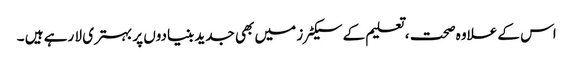
اس کے علاوہ صحت ، تعلیم کے سیکٹر ز میں بھی جدید بنیادوں پر بہتری لا رہے ہیں ۔